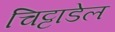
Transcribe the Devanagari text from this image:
चिट्टाडेल